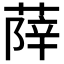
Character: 𦵮